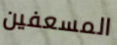
المسعفين